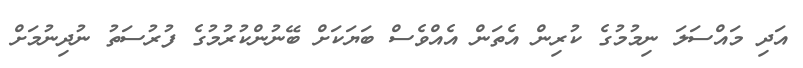
އަދި މައްސަލަ ނިމުމުގެ ކުރިން އެތަން އެއްވެސް ބަޔަކަށް ބޭނުންކުރުމުގެ ފުރުސަތު ނުދިނުމަށް